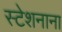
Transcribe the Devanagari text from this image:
स्टेशनाना